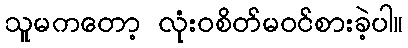
သူမကတော့ လုံးဝစိတ်မဝင်စားခဲ့ပါ။